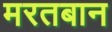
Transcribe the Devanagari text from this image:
मरतबान